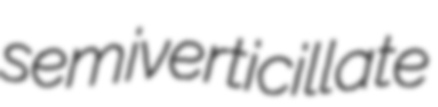
semiverticillate